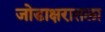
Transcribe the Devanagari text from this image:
जोडाक्षरातला